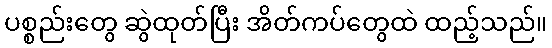
ပစ္စည်းတွေ ဆွဲထုတ်ပြီး အိတ်ကပ်တွေထဲ ထည့်သည်။